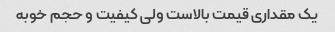
یک مقداری قیمت بالاست ولی کیفیت و حجم خوبه